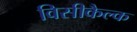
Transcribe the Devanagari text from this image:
विसीकैल्क